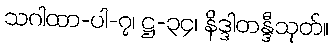
သဂါထာ-ပါ-၇၊ ဋ္ဌ-၃၄၊ နိဒ္ဒါတန္ဒီသုတ်။